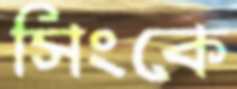
সিংকে